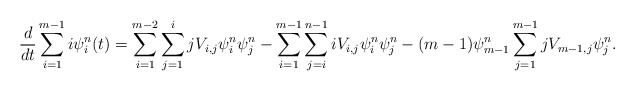
\begin{align*}\frac{d}{dt}\sum_{i=1}^{m-1} i\psi^{n}_i(t)=\sum_{i=1}^{m-2}\sum_{j=1}^{i} jV_{i,j}\psi^{n}_{i}\psi^{n}_{j}-\sum_{i=1}^{m-1}\sum_{j=i}^{n-1}iV_{i,j}\psi^{n}_i \psi^{n}_j-(m-1)\psi^{n}_{m-1}\sum_{j=1}^{m-1}jV_{m-1,j}\psi^{n}_j.\end{align*}